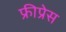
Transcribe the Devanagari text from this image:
फ्रीप्रेस